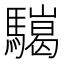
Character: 𩦏